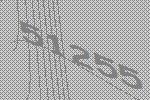
51255